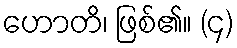
ဟောတိ၊ ဖြစ်၏။ (၄)